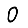
Digit: 0